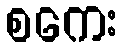
စကေး